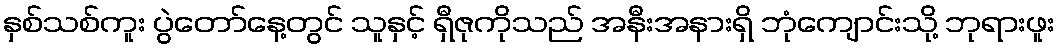
နှစ်သစ်ကူး ပွဲတော်နေ့တွင် သူနှင့် ရှီဇုကိုသည် အနီးအနားရှိ ဘုံကျောင်းသို့ ဘုရားဖူး